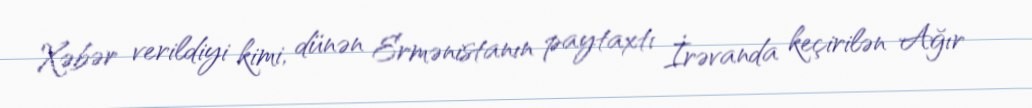
Xəbər verildiyi kimi, dünən Ermənistanın paytaxtı İrəvanda keçirilən Ağır